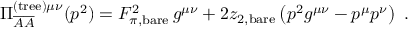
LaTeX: \Pi _ { \overline { { { \cal A } } } \overline { { { \cal A } } } } ^ { \mathrm { ( t r e e ) } \mu \nu } ( p ^ { 2 } ) = F _ { \pi , \mathrm { b a r e } } ^ { 2 } \, g ^ { \mu \nu } + 2 z _ { 2 , \mathrm { b a r e } } \left( p ^ { 2 } g ^ { \mu \nu } - p ^ { \mu } p ^ { \nu } \right) \ .